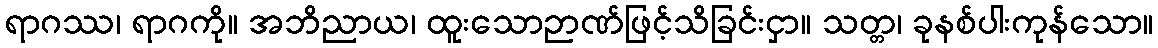
ရာဂဿ၊ ရာဂကို။ အဘိညာယ၊ ထူးသောဉာဏ်ဖြင့်သိခြင်းငှာ။ သတ္တ၊ ခုနစ်ပါးကုန်သော။